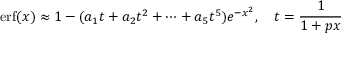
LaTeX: \operatorname { e r f } ( x ) \approx 1 - ( a _ { 1 } t + a _ { 2 } t ^ { 2 } + \cdots + a _ { 5 } t ^ { 5 } ) e ^ { - x ^ { 2 } } , \quad t = { \frac { 1 } { 1 + p x } }